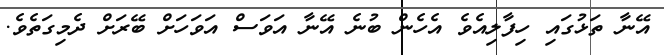
އޭނާ ތަޅުގައި ހިފާލިއެވެ އެހެން ބުނެ އޭނާ އަވަސް އަވަހަށް ބޭރަށް ދެމިގަތެވެ.